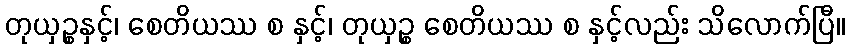
တုယှဉ္စနှင့်၊ စေတိယဿ စ နှင့်၊ တုယှဉ္စ စေတိယဿ စ နှင့်လည်း သိလောက်ပြီ။